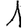
Digit: 1